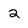
Character: 2